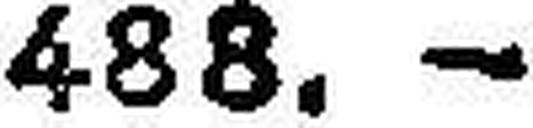
488.—